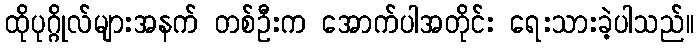
ထိုပုဂ္ဂိုလ်များအနက် တစ်ဦးက အောက်ပါအတိုင်း ရေးသားခဲ့ပါသည်။